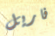
فاريل